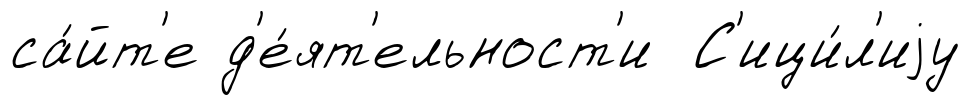
са́йт'е д'е́ят'ельност'и С'ици́л'иjу